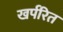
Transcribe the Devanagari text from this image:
खर्परित